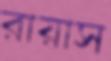
রায়াস